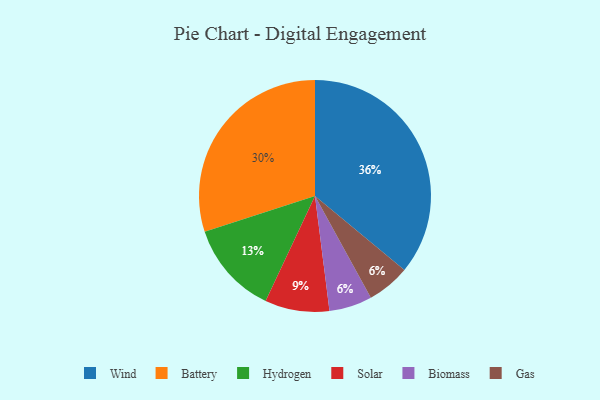
{"axis": {"x": "Category", "y": "Percentage"}, "legend": ["Battery", "Biomass", "Gas", "Hydrogen", "Solar", "Wind"], "data": [{"x": "Battery", "y": 30, "type": "Battery"}, {"x": "Hydrogen", "y": 13, "type": "Hydrogen"}, {"x": "Biomass", "y": 6, "type": "Biomass"}, {"x": "Gas", "y": 6, "type": "Gas"}, {"x": "Wind", "y": 36, "type": "Wind"}, {"x": "Solar", "y": 9, "type": "Solar"}]}